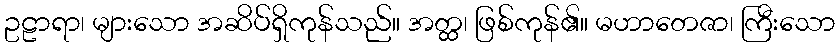
ဥဠာရာ၊ များသော အဆိပ်ရှိကုန်သည်။ အတ္ထ၊ ဖြစ်ကုန်၏။ မဟာတေဇာ၊ ကြီးသော